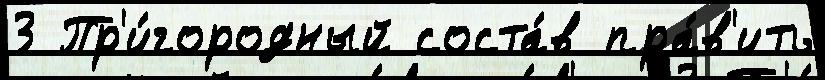
3 Пр'и́городный соста́в пра́в'ить